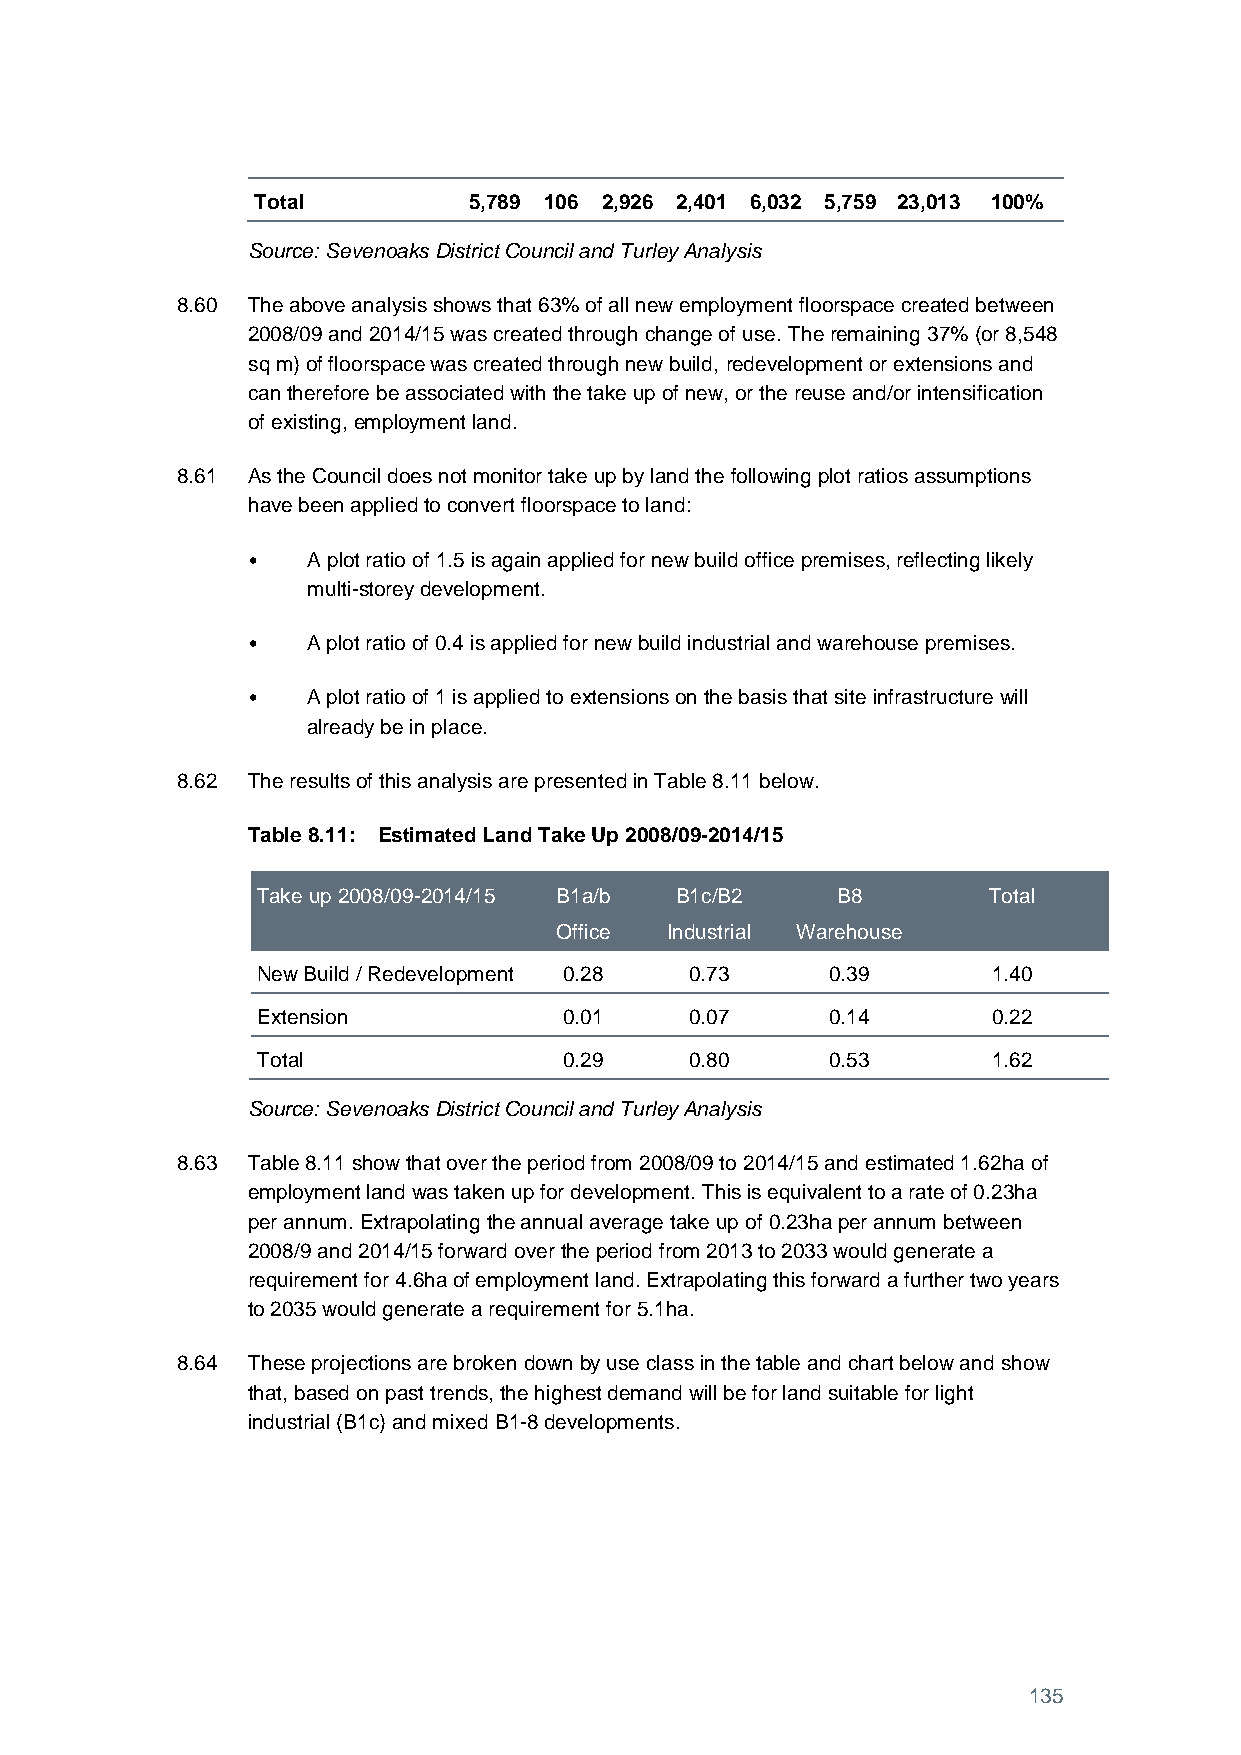
Total         5,789 106 2,926 2,401 6,032 5,759 23,013 100%
 Source: Sevenoaks District Council and Turley Analysis
 8.60 The above analysis shows that 63% of all new employment floorspace created between
 2008/09 and 2014/15 was created through change of use. The remaining 37% (or 8,548
 sq m) of floorspace was created through new build, redevelopment or extensions and
 can therefore be associated with the take up of new, or the reuse and/or intensification
 of existing, employment land.
 8.61 As the Council does not monitor take up by land the following plot ratios assumptions
 have been applied to convert floorspace to land:
 •   A plot ratio of 1.5 is again applied for new build office premises, reflecting likely
 multi-storey development.
 •   A plot ratio of 0.4 is applied for new build industrial and warehouse premises.
 •   A plot ratio of 1 is applied to extensions on the basis that site infrastructure will
 already be in place.
 8.62 The results of this analysis are presented in Table 8.11 below.
 Table 8.11: Estimated Land Take Up 2008/09-2014/15
 Take up 2008/09-2014/15 B1a/b B1c/B2  B8        Total
 Office Industrial Warehouse
 New Build / Redevelopment 0.28 0.73   0.39       1.40
 Extension           0.01     0.07     0.14       0.22
 Total               0.29     0.80     0.53       1.62
 Source: Sevenoaks District Council and Turley Analysis
 8.63 Table 8.11 show that over the period from 2008/09 to 2014/15 and estimated 1.62ha of
 employment land was taken up for development. This is equivalent to a rate of 0.23ha
 per annum. Extrapolating the annual average take up of 0.23ha per annum between
 2008/9 and 2014/15 forward over the period from 2013 to 2033 would generate a
 requirement for 4.6ha of employment land. Extrapolating this forward a further two years
 to 2035 would generate a requirement for 5.1ha.
 8.64 These projections are broken down by use class in the table and chart below and show
 that, based on past trends, the highest demand will be for land suitable for light
 industrial (B1c) and mixed B1-8 developments.
 135